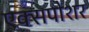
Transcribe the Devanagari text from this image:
एक्सपोशर